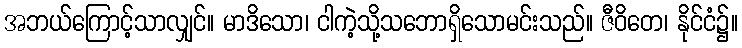
အဘယ်ကြောင့်သာလျှင်။ မာဒိသော၊ ငါကဲ့သို့သဘောရှိသောမင်းသည်။ ဇီဝိတေ၊ နိုင်ငံ၌။